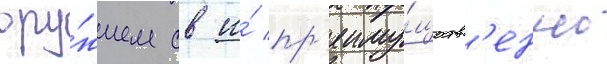
ору́жием св и́ пр'еиму́ществ'енно